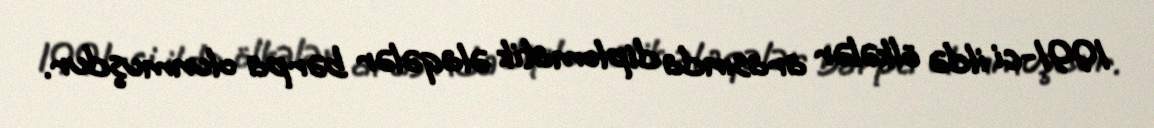
1991-ci ildə ölkələr arasında diplomatik əlaqələr bərpa olunmuşdur.